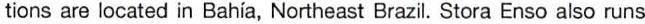
tions are located in Bahia, Northeast Brazil. Stora Enso also runs